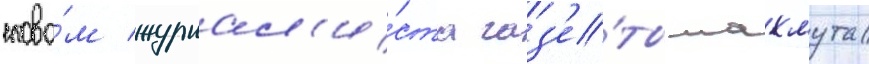
слова́м журнал'и́ста газ'е́ты махмута